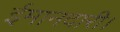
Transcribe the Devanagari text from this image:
ईमानदारी।